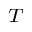
^ T